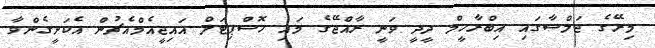
މިރޭގެ ޖަލްސާގައި އިބްރާހީމް ދީދީ ވަނީ ރާއްޖޭގެ މައި ހޮސްޕިޓަލް އައިޖީއެމްއެޗުން އެކަށީގެންވާ